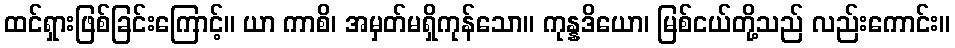
ထင်ရှားဖြစ်ခြင်းကြောင့်။ ယာ ကာစိ၊ အမှတ်မရှိကုန်သော။ ကုန္နဒိယော၊ မြစ်ငယ်တို့သည် လည်းကောင်း။